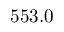
5 5 3 . 0